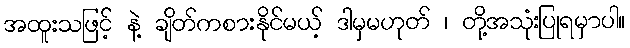
အထူးသဖြင့် နဲ့ ချိတ်ကစားနိုင်မယ့် ဒါမှမဟုတ် ၊ တို့အသုံးပြုရမှာပါ။